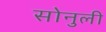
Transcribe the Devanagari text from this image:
सोनुली